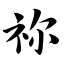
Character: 祢